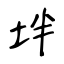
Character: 坢